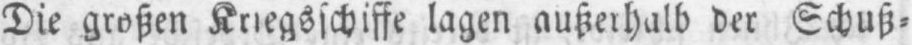
Die großen Kriegsschiffe lagen außerhalb der Schuß⸗